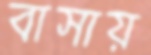
বাসায়